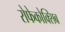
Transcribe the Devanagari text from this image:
रोफेकोक्सिब